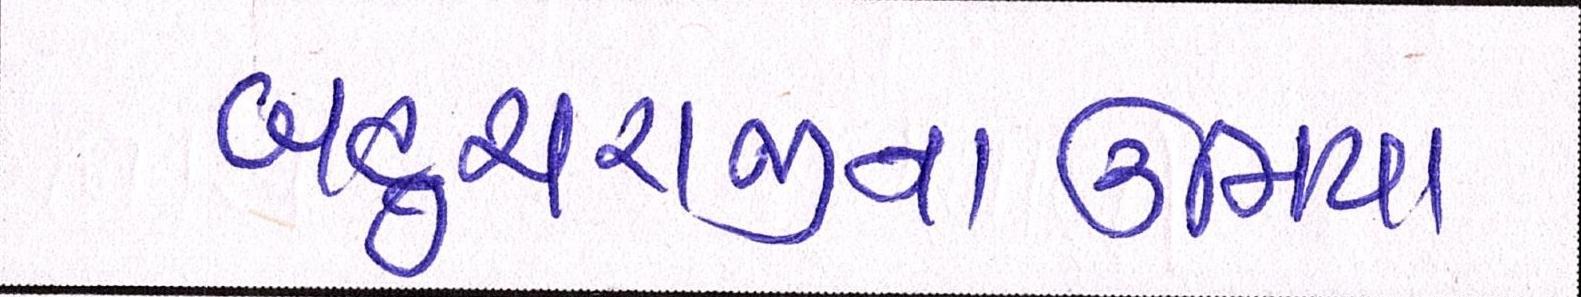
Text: બહુચરાજીનાઉમિયા